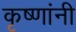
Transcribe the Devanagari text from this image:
कृष्णांनी